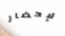
لإحضار